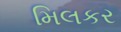
મિલકર